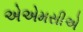
એએમસીએ